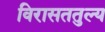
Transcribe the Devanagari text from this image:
विरासततुल्य